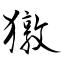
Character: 獤